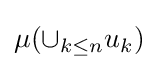
\mu (\cup _{k\leq n}u_{k})